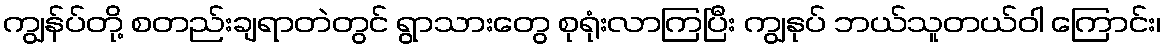
ကျွန်ပ်တို့ စတည်းချရာတဲတွင် ရွာသားတွေ စုရုံးလာကြပြီး ကျွနုပ် ဘယ်သူတယ်ဝါ ကြောင်း၊